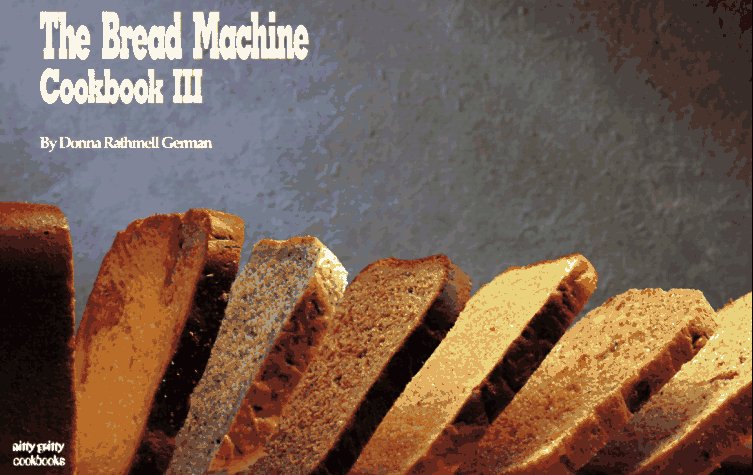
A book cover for The Bread Machine Cookbook III (Nitty Gritty Cookbooks); Donna Rathmell German; Cookbooks, Food & Wine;